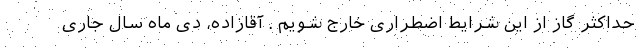
حداکثر گاز از این شرایط اضطراری خارج شویم . آقازاده، دی ماه سال جاری